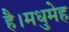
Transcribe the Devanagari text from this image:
है।मधुमेह